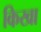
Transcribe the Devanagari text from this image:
किखा